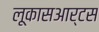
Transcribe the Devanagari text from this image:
लूकासआर्टस